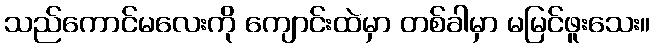
သည်ကောင်မလေးကို ကျောင်းထဲမှာ တစ်ခါမှာ မမြင်ဖူးသေး။